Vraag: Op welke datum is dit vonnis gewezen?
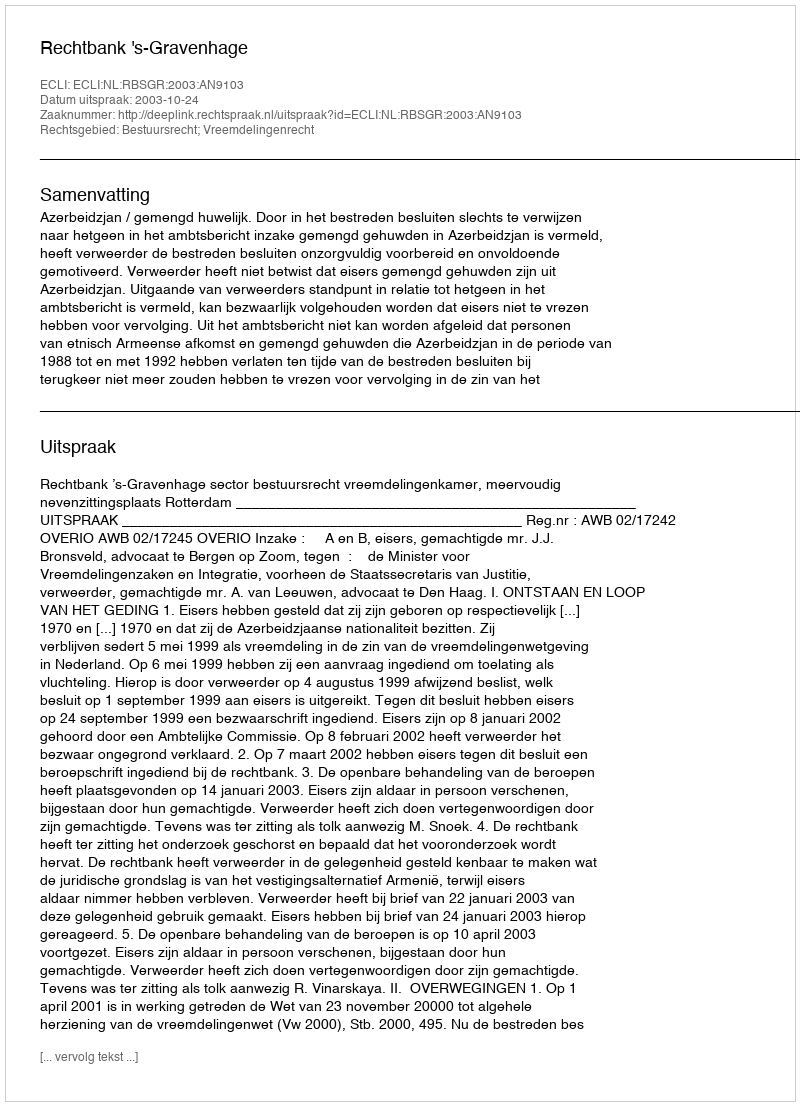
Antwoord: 2003-10-24